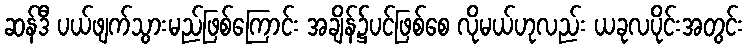
ဆန်ဒီ ပယ်ဖျက်သွားမည်ဖြစ်ကြောင်း အချိန်၌ပင်ဖြစ်စေ လိုမယ်ဟုလည်း ယခုလပိုင်းအတွင်း